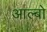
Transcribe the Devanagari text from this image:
आल्बो